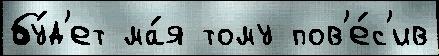
бу́д'ет ма́я тому пов'е́с'ив